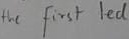
Text: the first led